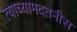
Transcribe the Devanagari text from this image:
त्याच्यामदतनीस